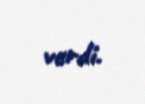
verdi.